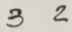
3 2